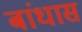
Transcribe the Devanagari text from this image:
बांधास